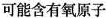
可能含有氧原子